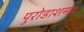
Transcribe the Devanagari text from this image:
पुरोडाशमय